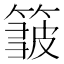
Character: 𥲝